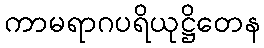
ကာမရာဂပရိယုဋ္ဌိတေန